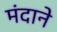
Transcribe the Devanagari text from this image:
मंदाने